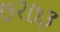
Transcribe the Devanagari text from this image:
७२७३